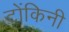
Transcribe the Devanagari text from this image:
टोंकिनी